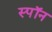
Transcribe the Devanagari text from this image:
स्पॉन